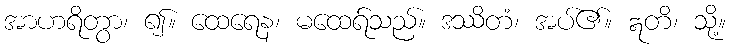
အာဟရိတွာ၊ ၍။ ထေရေန၊ မထေရ်သည်။ ဒဿိတံ၊ အပ်၏။ ဣတိ၊ သို့။